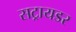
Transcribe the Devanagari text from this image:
सट्रायडर